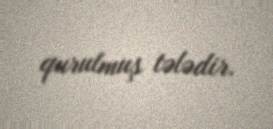
qurulmuş tələdir.